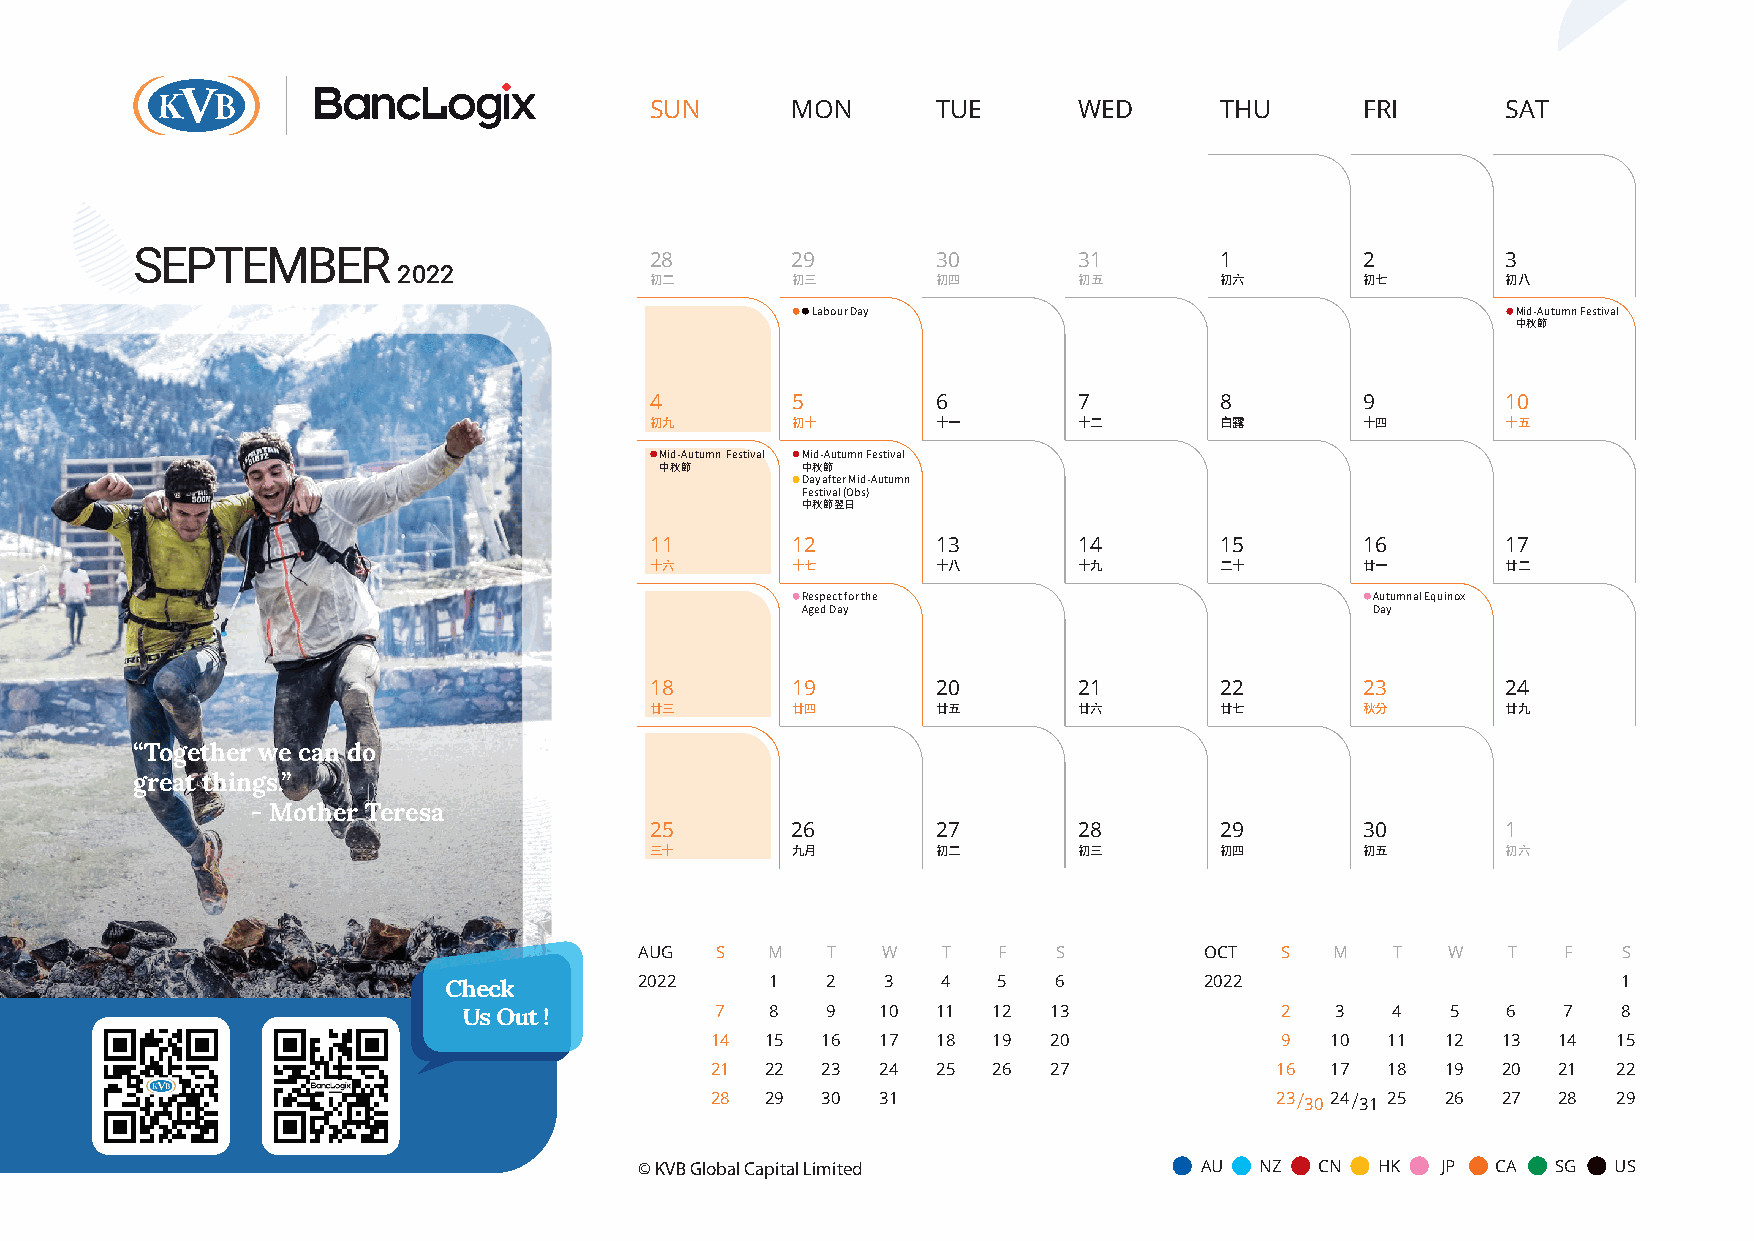
SUN      MON       TUE      WED       THU      FRI       SAT
 SEPTEMBER                         28       29        30       31        1        2         3
 2022
 初二       初三        初四       初五        初六       初七        初八
 Labour Day                                    Mid-Autumn Festival
 中秋節
 4        5         6        7         8        9         10
 初九       初十        十一       十二        白露       十四        十五
 Mid-Autumn Festival Mid-Autumn Festival
 中秋節      中秋節
 Day after Mid-Autumn
 Festival (Obs)
 中秋節翌日
 11       12        13       14        15       16        17
 十六       十七        十八       十九        二十       廿一        廿二
 Respect for the                       Autumnal Equinox
 Aged Day                              Day
 18       19        20       21        22       23        24
 廿三       廿四        廿五       廿六        廿七       秋分        廿九
 “Together we can do
 great things.”
 - Mother Teresa
 25       26        27       28        29       30        1
 三十       九月        初二       初三        初四       初五        初六
 AUG  S   M   T  W   T   F   S         OCT  S  M   T   W   T   F  S
 Check        2022     1   2   3  4   5   6         2022                       1
 Us Out !        7   8   9  10  11  12  13             2  3   4   5   6   7  8
 14  15 16  17  18  19  20             9  10  11  12 13  14  15
 21  22 23  24  25  26  27            16  17  18  19 20  21  22
 28  29 30  31                        23 30 24 31 25 26 27 28 29
 © KVB Global Capital Limited          AU NZ  CN  HK  JP  CA  SG  US